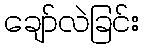
ချော်လဲခြင်း